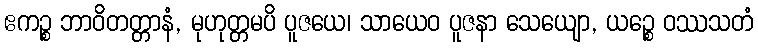
ဧကဉ္စ ဘာဝိတတ္တာနံ, မုဟုတ္တမပိ ပူဇယေ၊ သာယေဝ ပူဇနာ သေယျော, ယဉ္စေ ဝဿသတံ